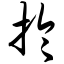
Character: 於